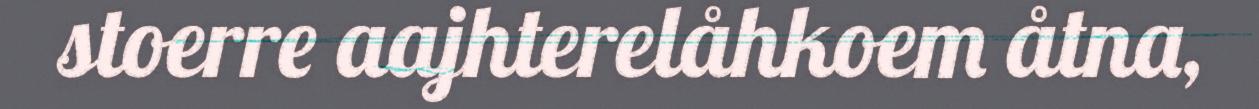
stoerre aajhterelåhkoem åtna,